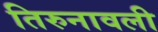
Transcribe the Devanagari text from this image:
तिरुनावली